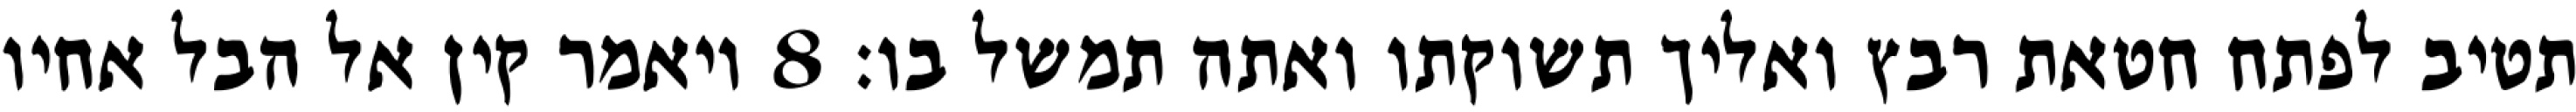
תטיב לפתח חטאת רבץ ואליך תשוקתו ואתה תמשל בו׃ ‎8‏ ויאמר קין אל הבל אחיו